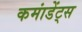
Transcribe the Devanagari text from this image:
कमांडेंट्स